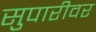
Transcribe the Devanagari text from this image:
सुपारीवर